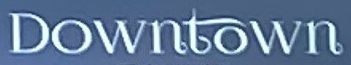
Downtown